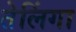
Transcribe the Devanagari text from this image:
तेलिंगा